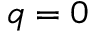
q = 0